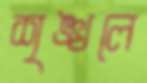
শৃঙ্খলে